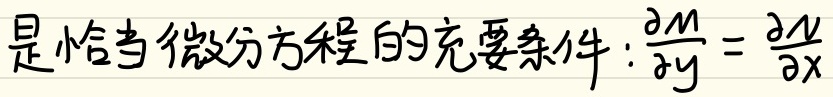
方程是恰当微分方程的充要条件：\(\frac{\partial M}{\partial y}=\frac{\partial N}{\partial x}\)